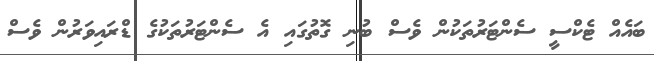
ބައެއް ޓެކްސީ ސެންޓަރުތަކުން ވެސް ބުނި ގޮތުގައި އެ ސެންޓަރުތަކުގެ ޑްރައިވަރުން ވެސް